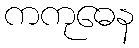
ကကုဓေန